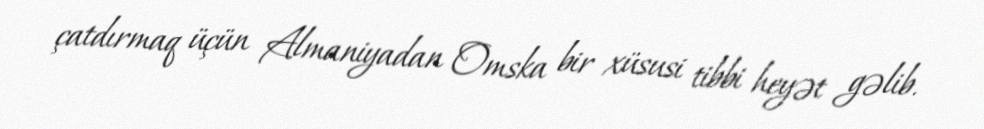
çatdırmaq üçün Almaniyadan Omska bir xüsusi tibbi heyət gəlib.